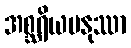
အစ္ဆရိယမနုဿာ